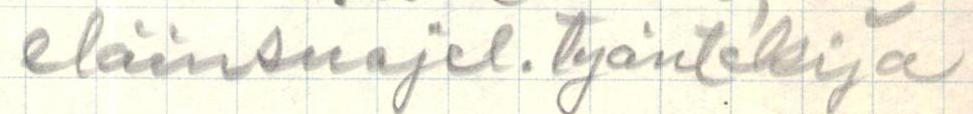
eläinsuojel.työntekijä